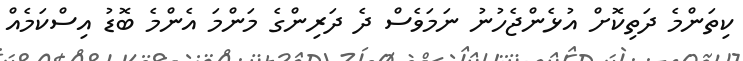
ކިތަންމެ ދަތިކޮށް އުޅެންޖެހުނު ނަމަވެސް ދެ ދަރިންގެ މަންމަ އެންމެ ބޮޑު އިސްކަމެއް